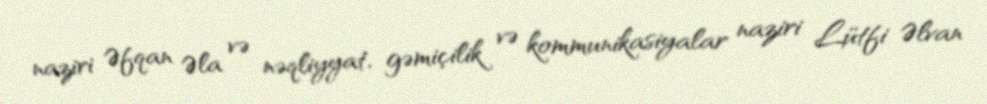
naziri Əfqan Əla və nəqliyyat, gəmiçilik və kommunikasiyalar naziri Lütfi Əlvan